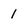
Character: 1